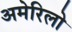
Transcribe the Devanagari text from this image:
अमेरिलो